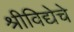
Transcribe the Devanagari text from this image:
श्रीविद्येचे